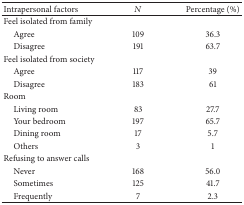
<table><thead><tr><td><b>Intrapersonal factors</b></td><td><b><i>N</i></b></td><td><b>Percentage (%)</b></td></tr></thead><tbody><tr><td>Feel isolated from family </td><td> </td><td> </td></tr><tr><td> Agree </td><td>109</td><td>36.3</td></tr><tr><td> Disagree </td><td>191</td><td>63.7</td></tr><tr><td>Feel isolated from society </td><td> </td><td> </td></tr><tr><td> Agree </td><td>117</td><td>39</td></tr><tr><td> Disagree </td><td>183</td><td>61</td></tr><tr><td>Room </td><td> </td><td> </td></tr><tr><td> Living room </td><td>83</td><td>27.7</td></tr><tr><td> Your bedroom </td><td>197</td><td>65.7</td></tr><tr><td> Dining room </td><td>17</td><td>5.7</td></tr><tr><td> Others </td><td>3</td><td>1</td></tr><tr><td>Refusing to answer calls </td><td> </td><td> </td></tr><tr><td> Never </td><td>168</td><td>56.0</td></tr><tr><td> Sometimes </td><td>125</td><td>41.7</td></tr><tr><td> Frequently </td><td>7</td><td>2.3</td></tr></tbody></table>